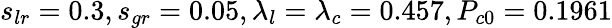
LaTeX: s_{lr}=0.3,s_{gr}=0.05,\lambda_{l}=\lambda_{c}=0.457,P_{c0}=0.1961